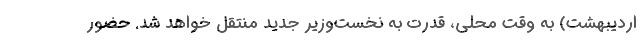
اردیبهشت) به وقت محلی، قدرت به نخست‌وزیر جدید منتقل خواهد شد. حضور